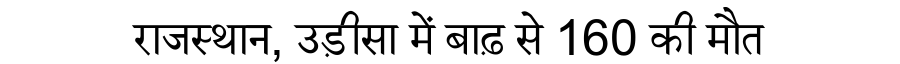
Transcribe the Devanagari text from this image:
राजस्थान, उड़ीसा में बाढ़ से 160 की मौत